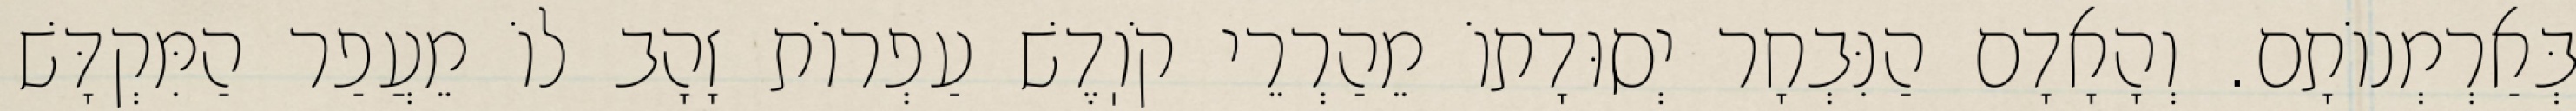
בְּאַרְמְנוֹתָם. וְהָאָדָם הַנִּבְחָר יְסוּדָתוֹ מֵהַרְרֵי קֹוֽדֶשׁ עַפְרוֹת זָהָב לוֹ מֵעֲפַר הַמִּקְדָּשׁ